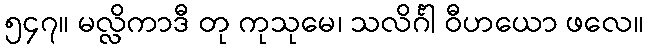
၅၄၇။ မလ္လိကာဒီ တု ကုသုမေ၊ သလိင်္ဂါ ဝီဟယော ဖလေ။